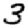
Digit: 3